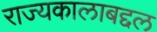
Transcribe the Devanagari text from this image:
राज्यकालाबद्दल